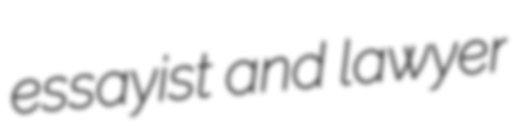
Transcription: essayist and lawyer